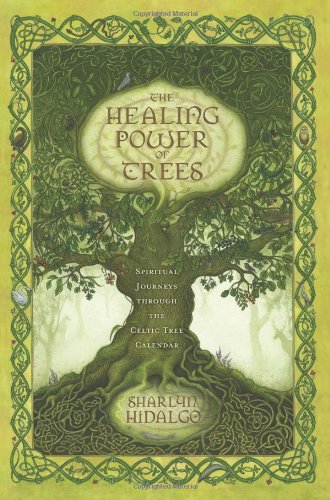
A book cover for The Healing Power of Trees: Spiritual Journeys Through the Celtic Tree Calendar; Sharlyn Hidalgo; Religion & Spirituality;